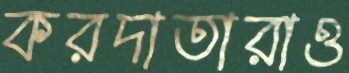
করদাতারাও